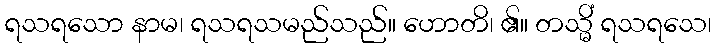
ရသရသော နာမ၊ ရသရသမည်သည်။ ဟောတိ၊ ၏။ တသ္မိံ ရသရသေ၊